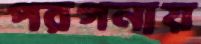
পরগনায়